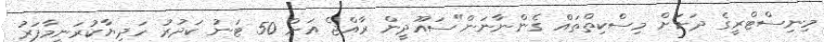
މިނިސްޓްރީގެ ދަށަށް މިސްކިތްތައް ގެންނާނަން"ސައޫދީން ރާއްޖެ އަށް 50 ޓަނު ކަދުރު ހަދިޔާކުރަނީމާފަރު